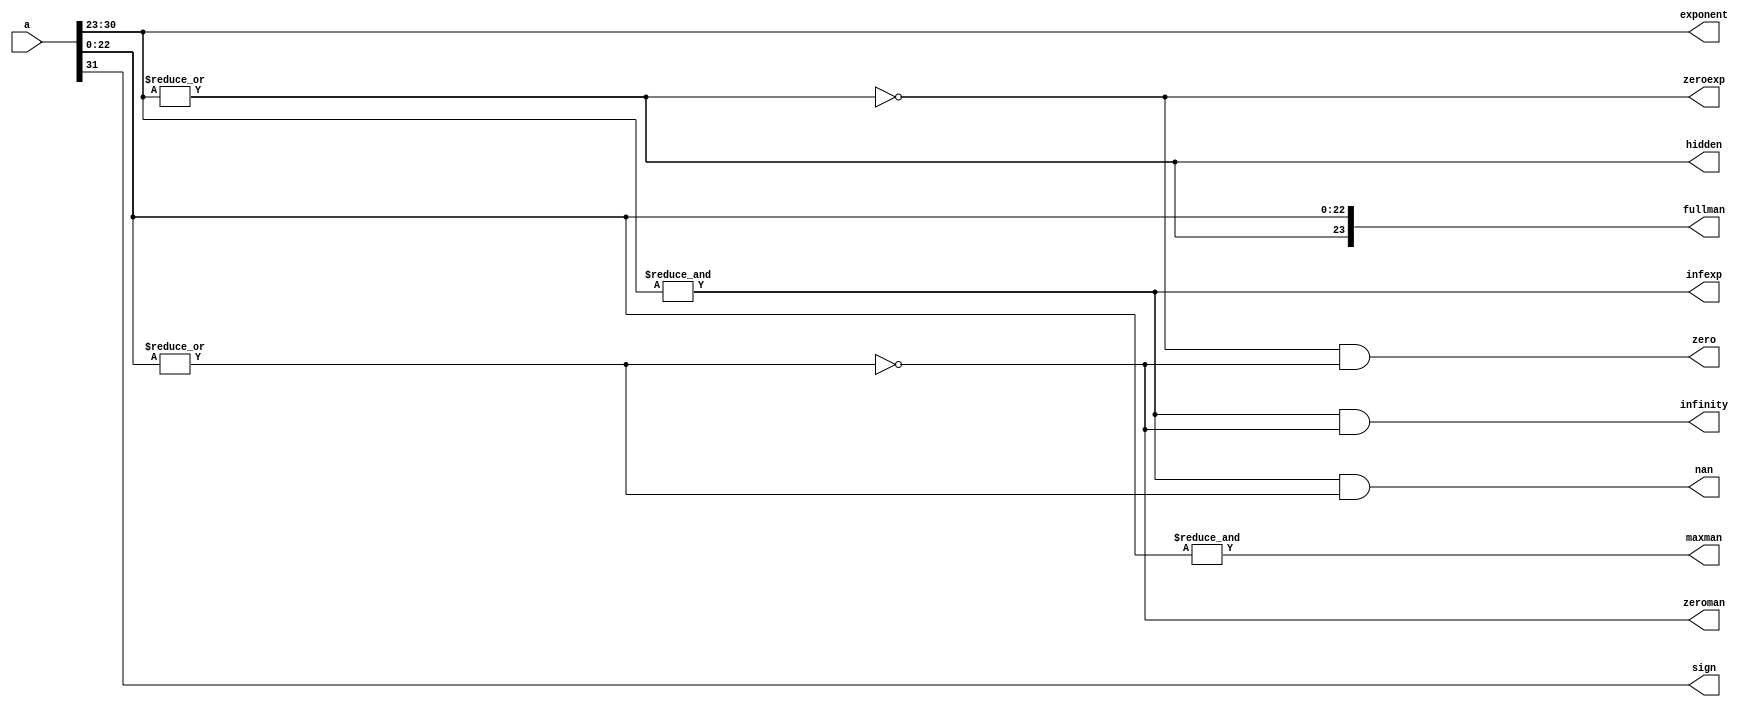
module fdecode(
	input wire [DATAW-1:0] a,
	output wire sign,
	output wire [EXPW-1:0] exponent,
	output wire [MANW:0] fullman,
	output wire zeroexp,
	output wire hidden,
	output wire infexp,
	output wire zeroman,
	output wire maxman,
  output wire nan,
	output wire infinity,
	output wire zero
);

parameter DATAW = 32;
parameter EXPW = 8;
parameter MANW = 23;

assign sign = a[MANW+EXPW];
assign exponent = a[MANW+EXPW-1:MANW];
wire [MANW-1:0] mantissa = a[MANW-1:0];
wire anyman = |mantissa;

assign hidden = |exponent;
assign infexp = &exponent;
assign zeroexp = ~hidden;
assign zeroman = ~anyman;
assign maxman = &mantissa;
assign fullman = {hidden, mantissa};
assign infinity = infexp & zeroman;
assign zero = zeroexp & zeroman;
assign nan = infexp & ~zeroman;

endmodule